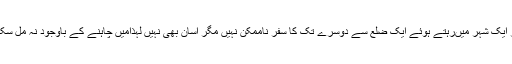
اور ایک شہر میںرہتے ہوئے ایک ضلع سے دوسرے تک کا سفر ناممکن نہیں مگر آسان بھی نہیں لہذامیں چاہنے کے باوجود نہ مل سکی ۔